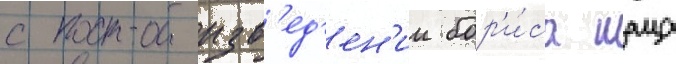
с произв'ед'ен'ии бор'и́са шаца